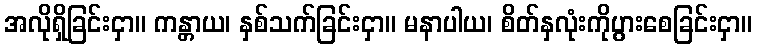
အလိုရှိခြင်းငှာ။ ကန္တာယ၊ နှစ်သက်ခြင်းငှာ။ မနာပါယ၊ စိတ်နှလုံးကိုပွားစေခြင်းငှာ။